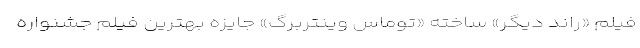
فیلم «راند دیگر» ساخته «توماس وینتربرگ» جایزه بهترین فیلم جشنواره